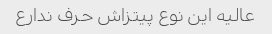
عالیه این نوع پیتزاش حرف ندارع